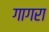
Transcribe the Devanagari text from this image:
गागरा